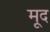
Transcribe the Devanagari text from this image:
मूद